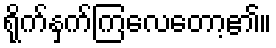
ရိုက်နှက်ကြလေတော့၏။